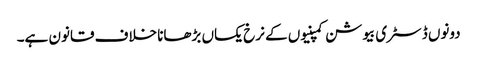
دونوں ڈسٹری بیوشن کمپنیوں کے نرخ یکساں بڑھانا خلاف قانون ہے۔